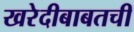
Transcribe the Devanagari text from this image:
खरेदीबाबतची